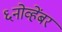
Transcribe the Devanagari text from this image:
६नोव्हेंबर